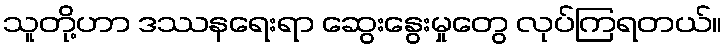
သူတို့ဟာ ဒဿနရေးရာ ဆွေးနွေးမှုတွေ လုပ်ကြရတယ်။